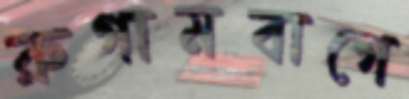
রুগামবাগে